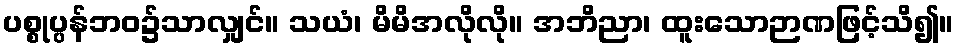
ပစ္စုပ္ပန်ဘဝ၌သာလျှင်။ သယံ၊ မိမိအလိုလို။ အဘိညာ၊ ထူးသောဉာဏဖြင့်သိ၍။